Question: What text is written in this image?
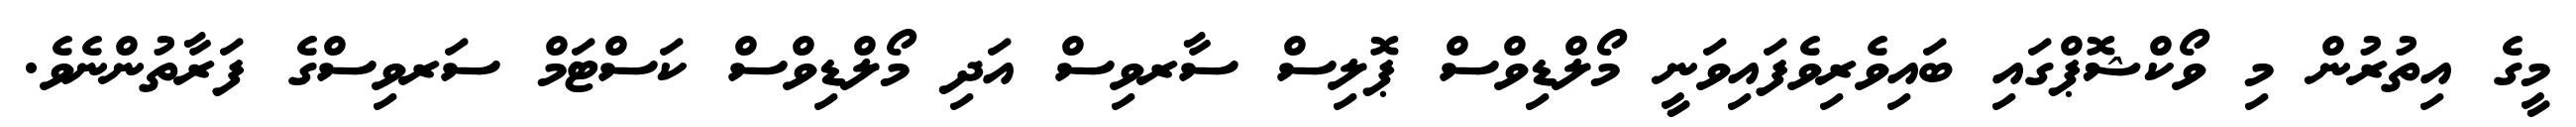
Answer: މީގެ އިތުރުން މި ވޯކްޝޮޕްގައި ބައިވެރިވެފައިވަނީ މޯލްޑިވްސް ޕޮލިސް ސާރވިސް އަދި މޯލްޑިވްސް ކަސްޓަމް ސަރވިސްގެ ފަރާތުންނެވެ.